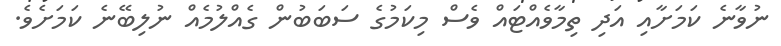
ނުވާނެ ކަމަށާއި އަދި ތިމާވެއްޓައް ވެސް މިކަމުގެ ސަބަބުން ގެއްލުމެއް ނުލިބޭނެ ކަމަށެވެ.